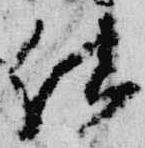
結